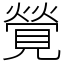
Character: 覮